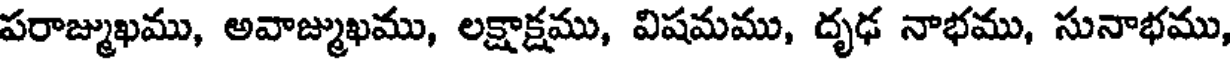
పరాజ్ముఖము, అవాజ్ముఖము, లక్షాక్షము, విషమము, దృఢ నాభము, సునాభము,